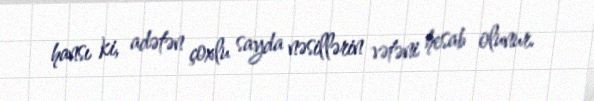
hansı ki, adətən çoxlu sayda nəsillərin vətəni hesab olunur.